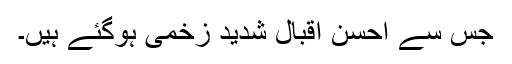
جس سے احسن اقبال شدید زخمی ہوگئے ہیں۔